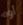
أوه